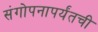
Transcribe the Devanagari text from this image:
संगोपनापर्यंतची